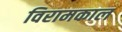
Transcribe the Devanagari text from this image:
विरामकाल